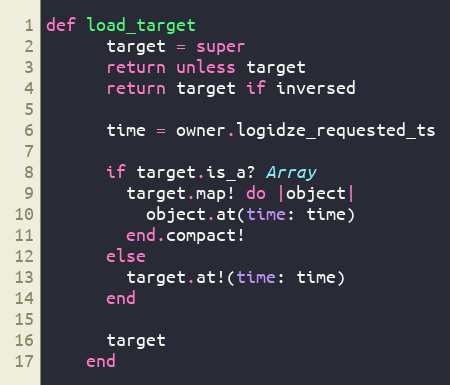
Language: Ruby
def load_target
      target = super
      return unless target
      return target if inversed

      time = owner.logidze_requested_ts

      if target.is_a? Array
        target.map! do |object|
          object.at(time: time)
        end.compact!
      else
        target.at!(time: time)
      end

      target
    end